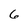
Character: 6